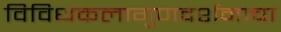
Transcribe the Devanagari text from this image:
विविधकलागुणदर्शनाचा